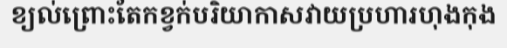
ខ្យល់ព្រោះតែកខ្វក់បរិយាកាសវាយប្រហារហុងកុង